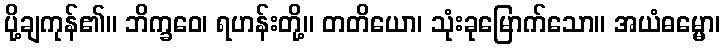
ပို့ချကုန်၏။ ဘိက္ခဝေ၊ ရဟန်းတို့။ တတိယော၊ သုံးခုမြောက်သော။ အယံဓမ္မော၊